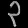
Digit: ၃